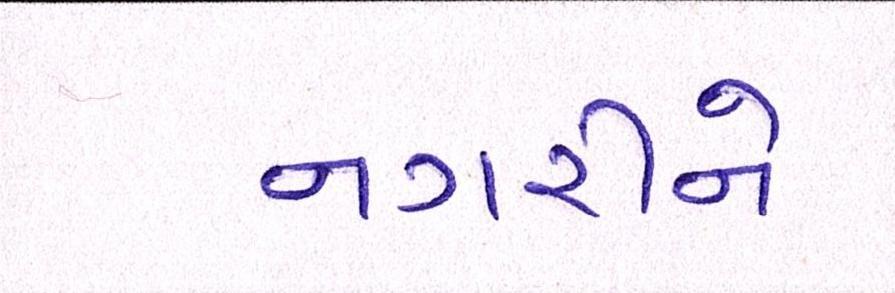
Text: નગરીને